Document type: Emphyteutic lease
Year: 1473
Scribe: [Unknown]
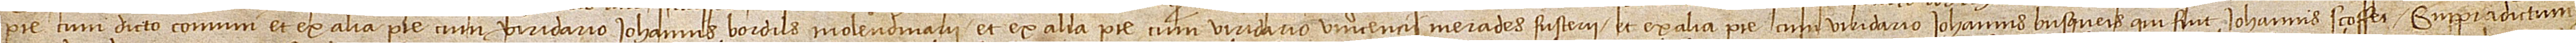
parte cum dicto comuni, et ex alia parte cum viridario Iohannis Bordils, molendinarii, et ex alia parte cum viridario Vincencii Merades, fusterii, et ex alia parte cum viridario Iohannis Busquets, qui fuit Iohannis Scoffet. Supradictum